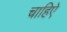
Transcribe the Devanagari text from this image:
चाहिऐ